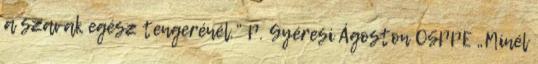
a szavak egész tengerénél.” P. Gyéresi Ágoston OSPPE „Minél